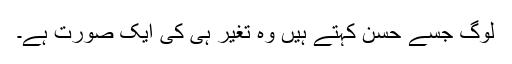
لوگ جسے حسن کہتے ہیں وہ تغیر ہی کی ایک صورت ہے۔